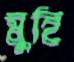
মুহি